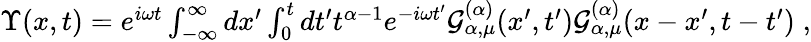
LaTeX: \begin{array}{r}{\Upsilon(x,t)=e^{i\omega t}\int_{-\infty}^{\infty}dx^{\prime}\int_{0}^{t}dt^{\prime}t^{\alpha-1}e^{-i\omega t^{\prime}}{\cal{G}}_{\alpha,\mu}^{(\alpha)}(x^{\prime},t^{\prime}){\cal{G}}_{\alpha,\mu}^{(\alpha)}(x-x^{\prime},t-t^{\prime})\; ,}\end{array}